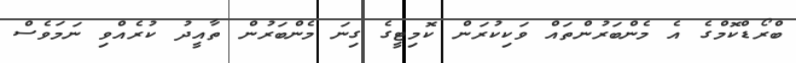
ބްރޯޑްކޮމްގެ އެ މެންބަރުންތައް ވަކިކުރަން ކޮމިޓީގެ ގިނަ މެންބަރުން ތާއީދު ކުރެއްވި ނަމަވެސް